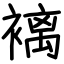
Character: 褵